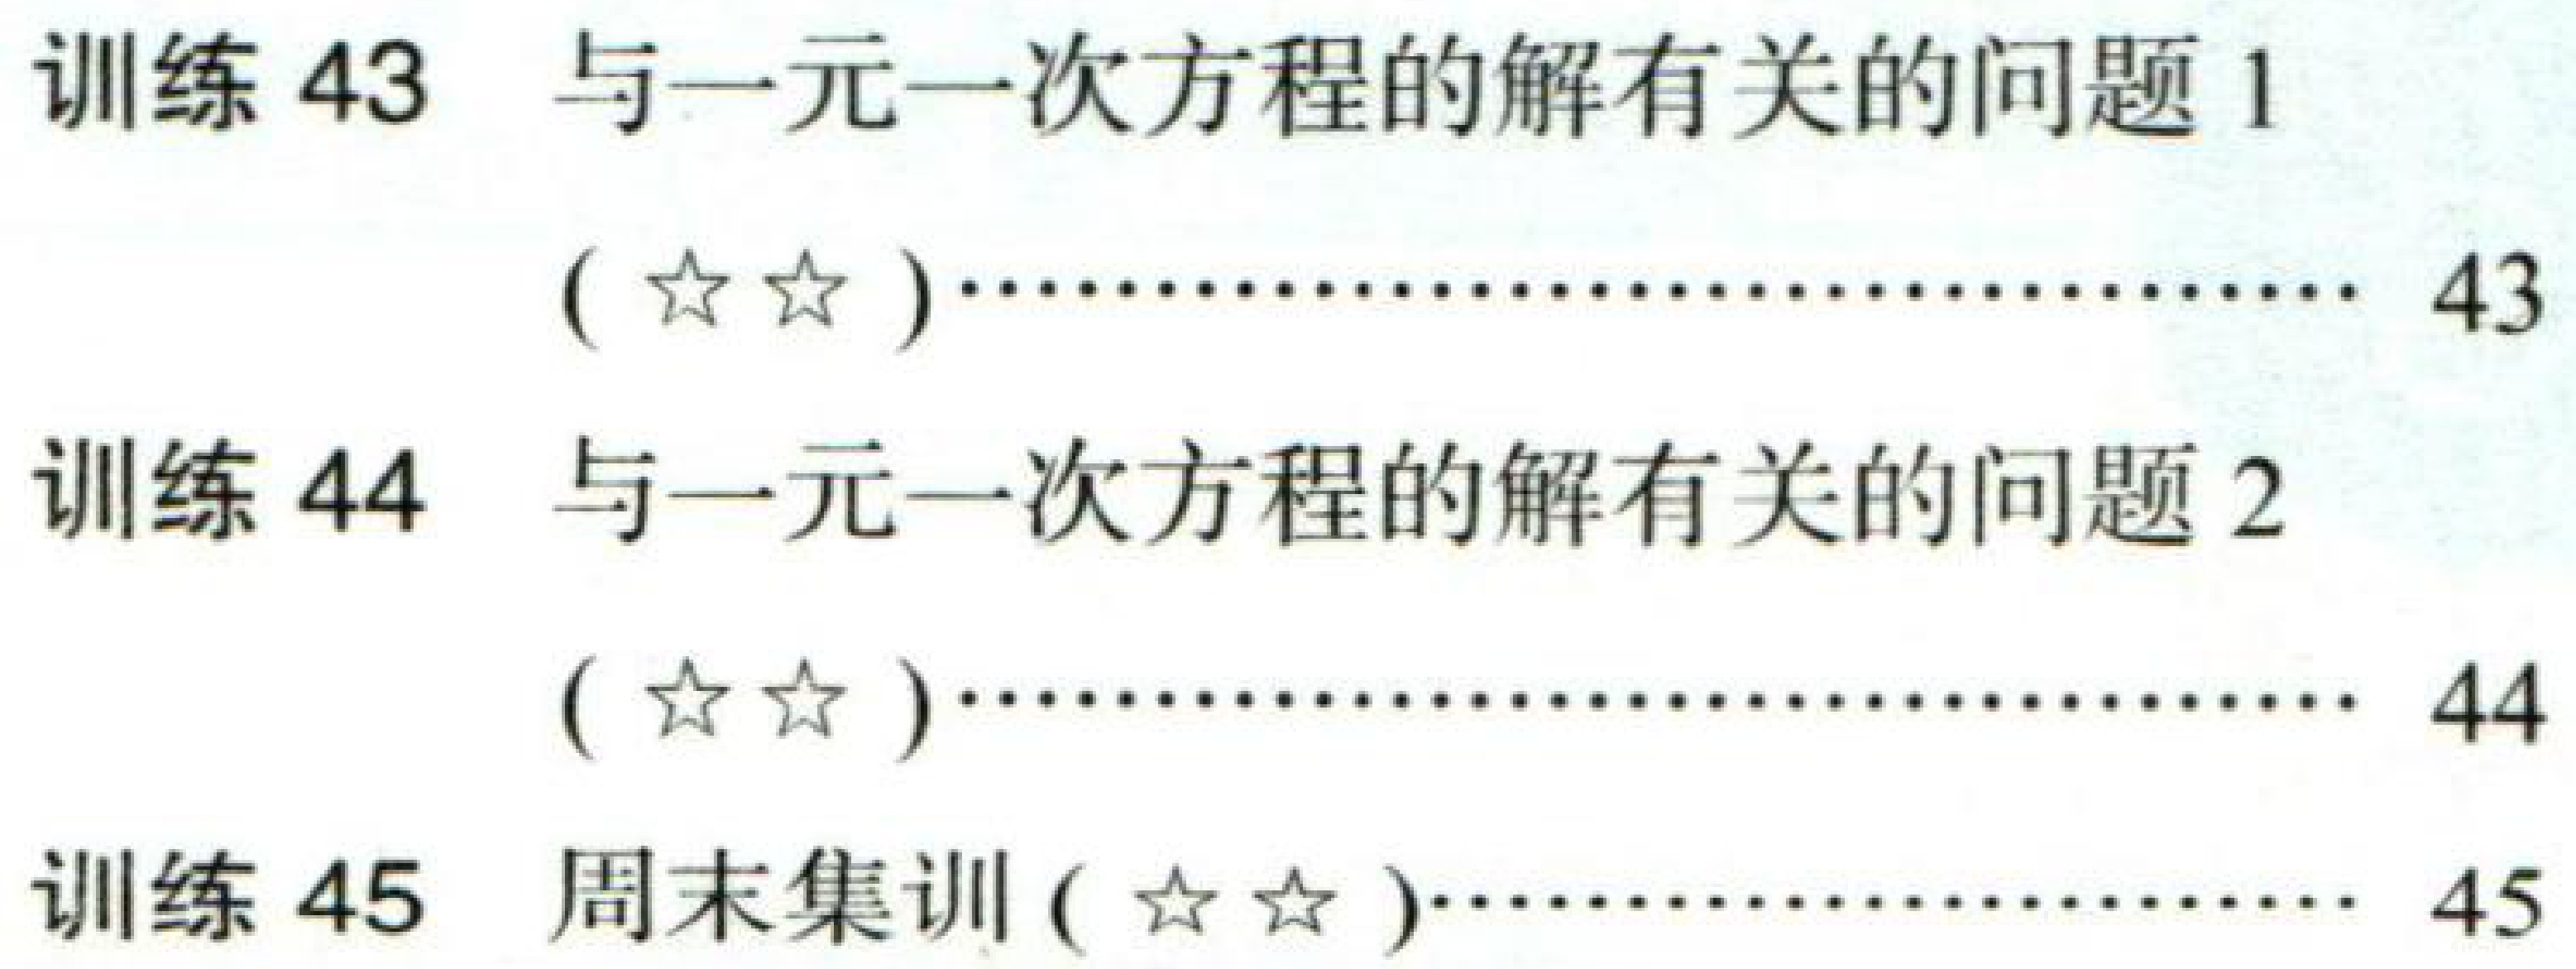
训练 43 与一元一次方程的解有关的问题 1
( ☆☆)........................................ 43
训练 44 与一元一次方程的解有关的问题 2
( ☆☆)........................................ 44
训练 45 周末集训( ☆☆)................................ 45